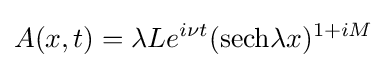
A(x,t)=\lambda Le^{i\nu t}(\mathrm {sech} \lambda x)^{1+iM}